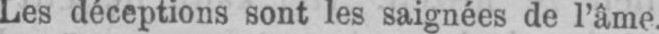
Les déceptions sont les saignées de l’âme.